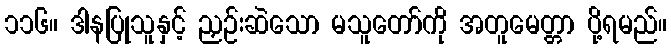
၁၁၆။ ဒါနပြုသူနှင့် ညှဉ်းဆဲသော မသူတော်ကို အတူမေတ္တာ ပို့ရမည်။